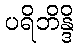
ပရိဘိန္ဒိ